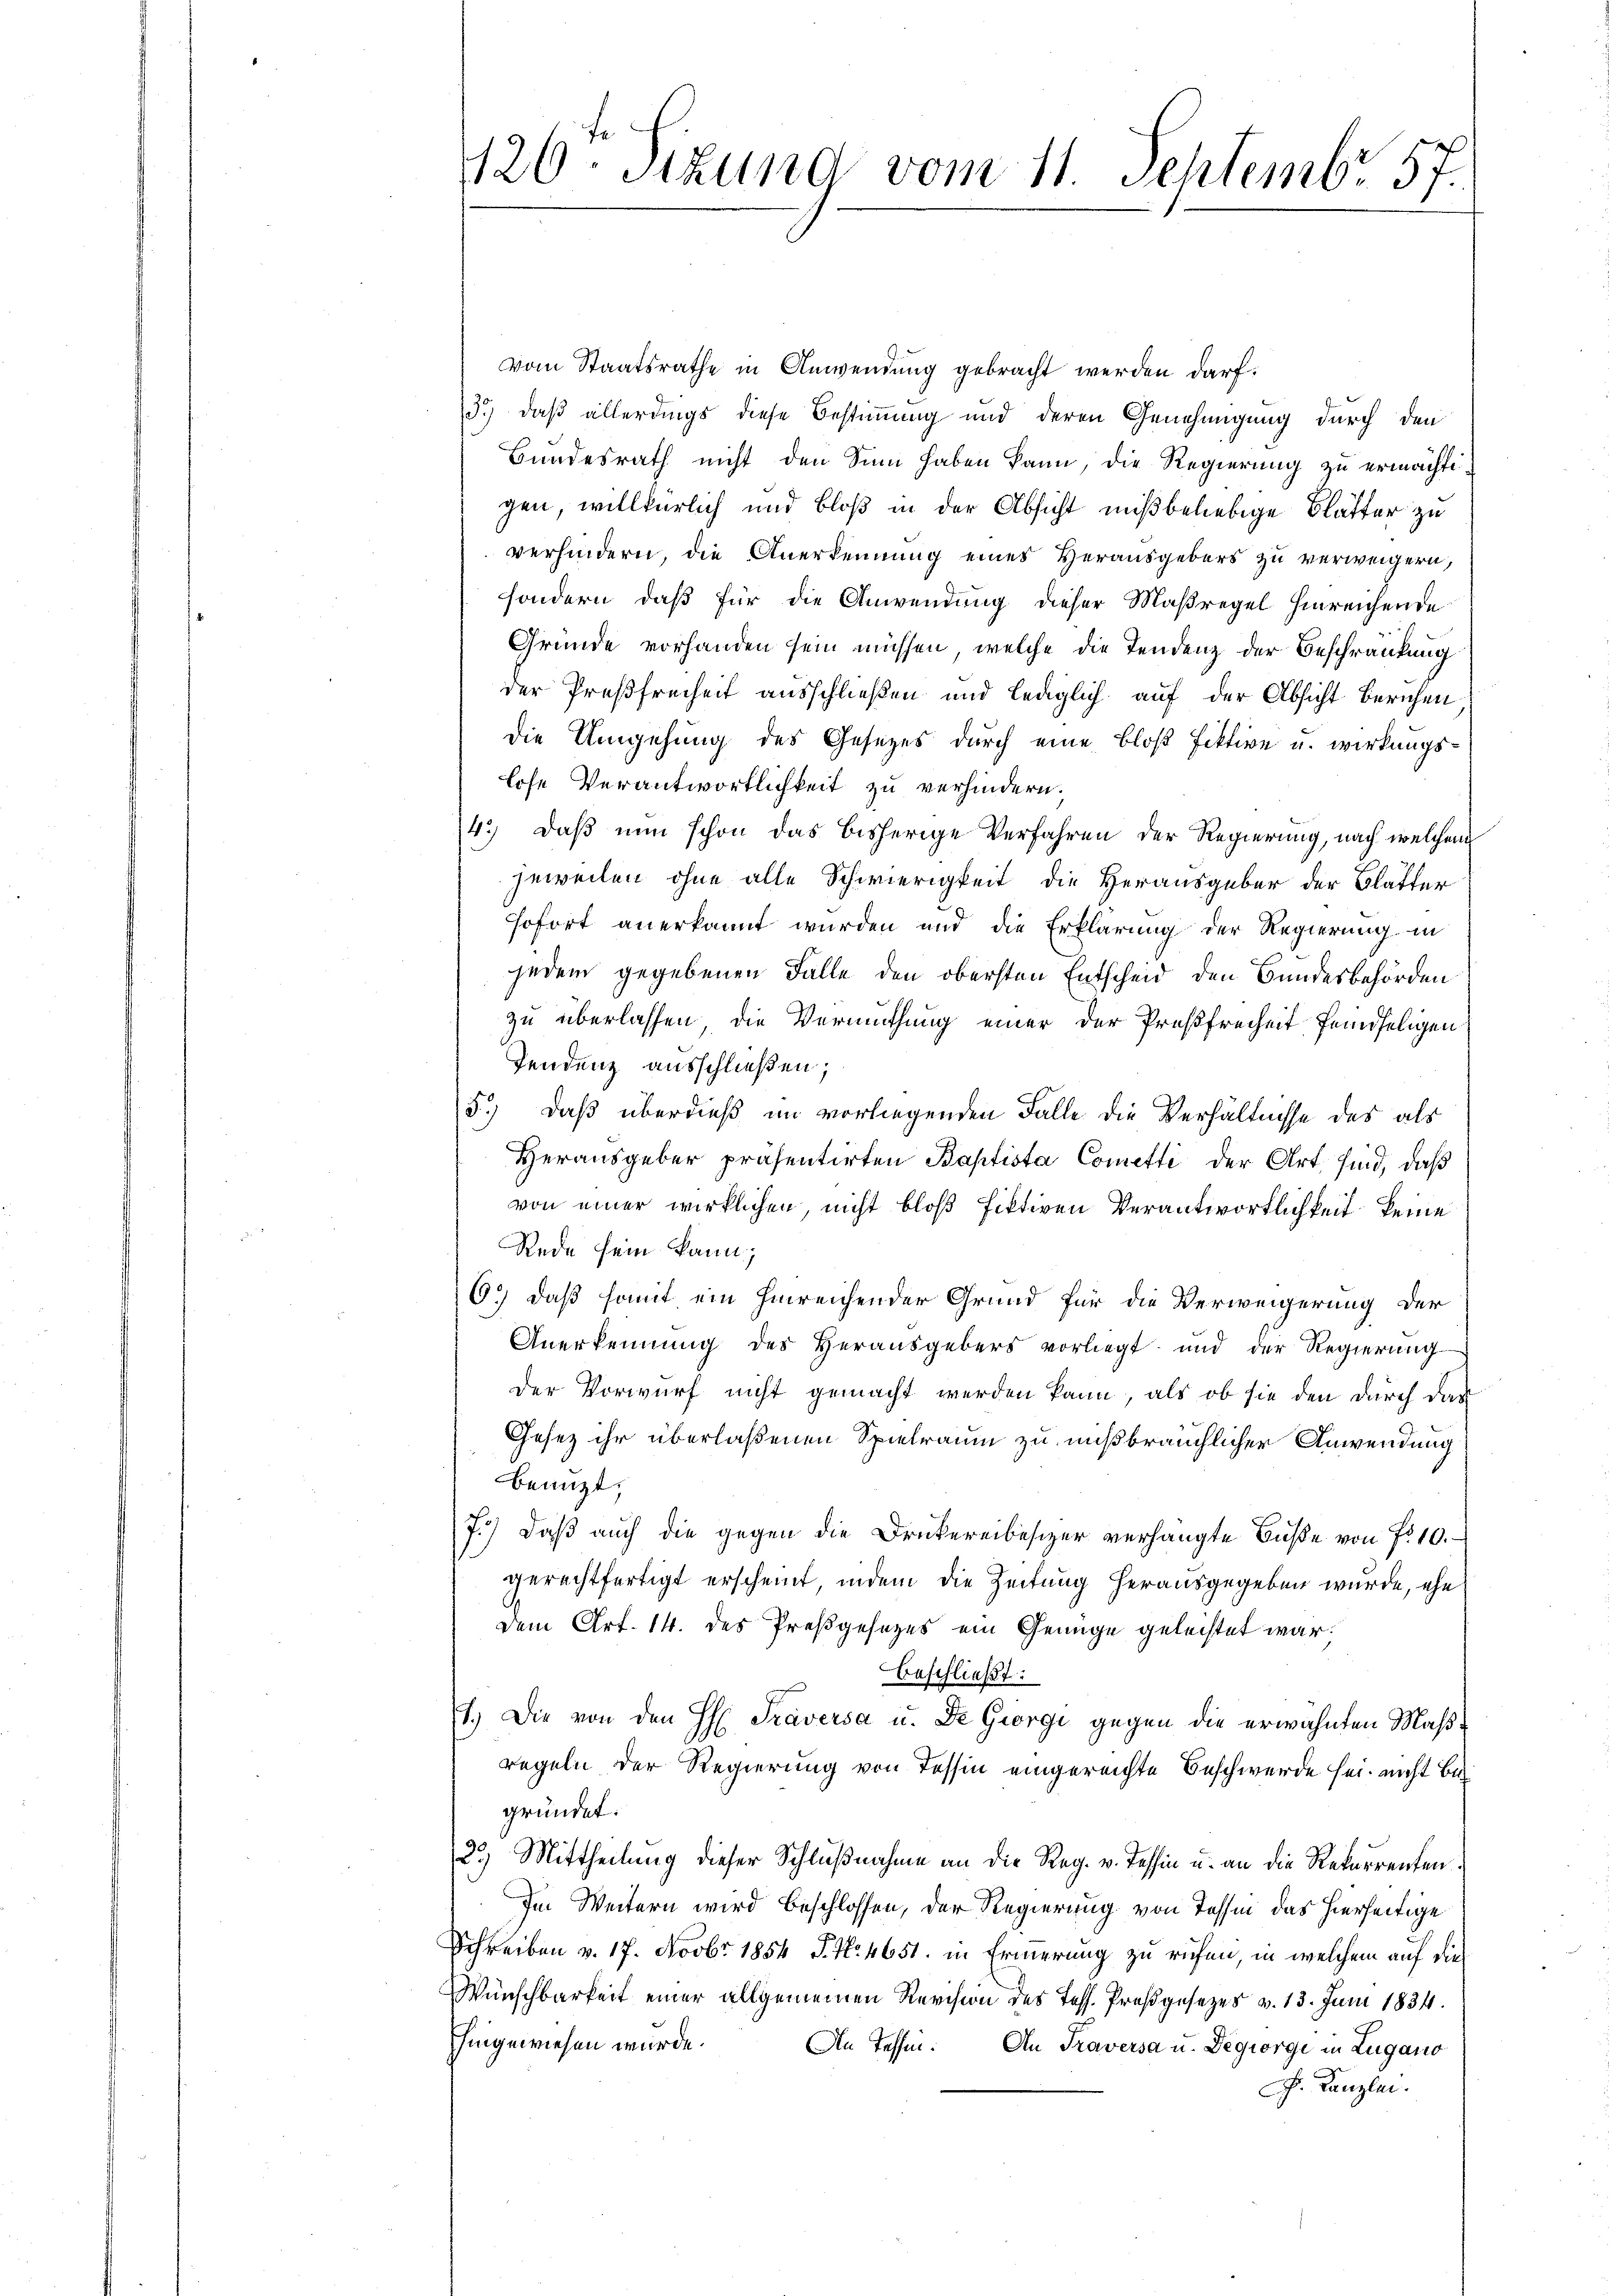
vom Staatsrathe in Anwendung gebracht werden darf.
3.) daß allerdings diese Bestimmung und deren Genehmigung durch den
Bundesrath nicht den Sinn haben kann, die Regierung zu ermächtigen, willkürlich und bloß in der Absicht mißbeliebige Blätter zu
verhindern, die Anerkennung eines Herausgebers zu verweigern,
sondern, daß für die Anwendung dieser Maßregel hinreichende
Gründe vorhanden sein müssen, welche die Tendenz der Beschränkung
der Preßfreiheit ausschließen und lediglich auf der Absicht berichen
die Umgehung des Gesetzes durch eine bloß Fiktive u. wirkungslose Verantwortlichkeit zu verhindern.
4.) Daß nun schon das bisherige Verfahren der Regierung, nach welchem
jeweilen ohne alle Schwierigkeit die Herausgeber der Blätter
sofort anerkannt wurden und die Erklärung der Regierung in
jedem gegebenen Falle den obersten Entscheid den Bundesbehörden
zu überlassen, die Vermuthung einer der Preßfreiheit feindseligen
Tendenz ausschließen;
5.) Daß überdieß im vorliegenden Falle die Verhältnisse des als
Herausgeber präsentirten Baptista Cometti der Art sind, daß
von einer wirklichen, nicht bloß fektiven Verantwortlichkeit keine
Rede sein kann;
6.) daß somit ein hinreichender Grund für die Verweigerung der
Anerkennung des Herausgebers vorliegt und der Regierung
Der Vorwurf nicht gemacht werden kann, als ob sie den durch das
Gesetz ihr überlaßenen Spielraum zu mißbräuchlicher Anwendung
benuzt,
7.) Daß auch die gegen die Druckereibesizer verhängte Buße von fr. 10.
gerechtfertigt erscheint, indem die Zeitung herausgegeben wurde, ehe
dem Art. 14. des Preßgesetzes ein Genüge geleistet war.
beschließt:
1.) Die von den H. Traversa u. De Giorgi gegen die erwähnten Maßregeln der Regierung von Tessin eingereichte Beschwerde sei nicht begründet:
2.) Mittheilung dieser Schlußnahme an die Reg. v. Tessin u. an die Rekurrenten:
Im Weitern wird beschlossen, der Regierung von Tessin das hierseitige
Schreiben v. 17. Novbr. 1854 S. Nr. 4651. in Erierung zu rufen, in welchem auf die
Wünschbarkeit einer allgemeinen Revision des Tess. Proßgesezes v. 13. Juni 1834.
hingewiesen würde.
An Tessin. An Traversa u. Degiorge in Zugano
J. Kanzlei.

426ten Sizung vom 11. Septembr. 157.